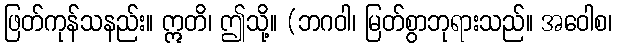
ဖြတ်ကုန်သနည်း။ ဣတိ၊ ဤသို့။ (ဘဂဝါ၊ မြတ်စွာဘုရားသည်။ အဝေါစ၊